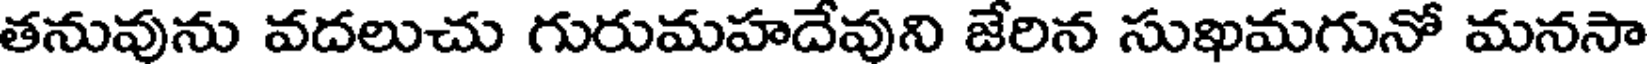
తనువును వదలుచు గురుమహదేవుని జేరిన సుఖమగునో మనసా